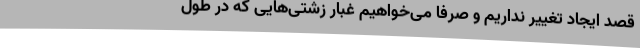
قصد ایجاد تغییر نداریم و صرفاً می‌خواهیم غبار زشتی‌هایی که در طول